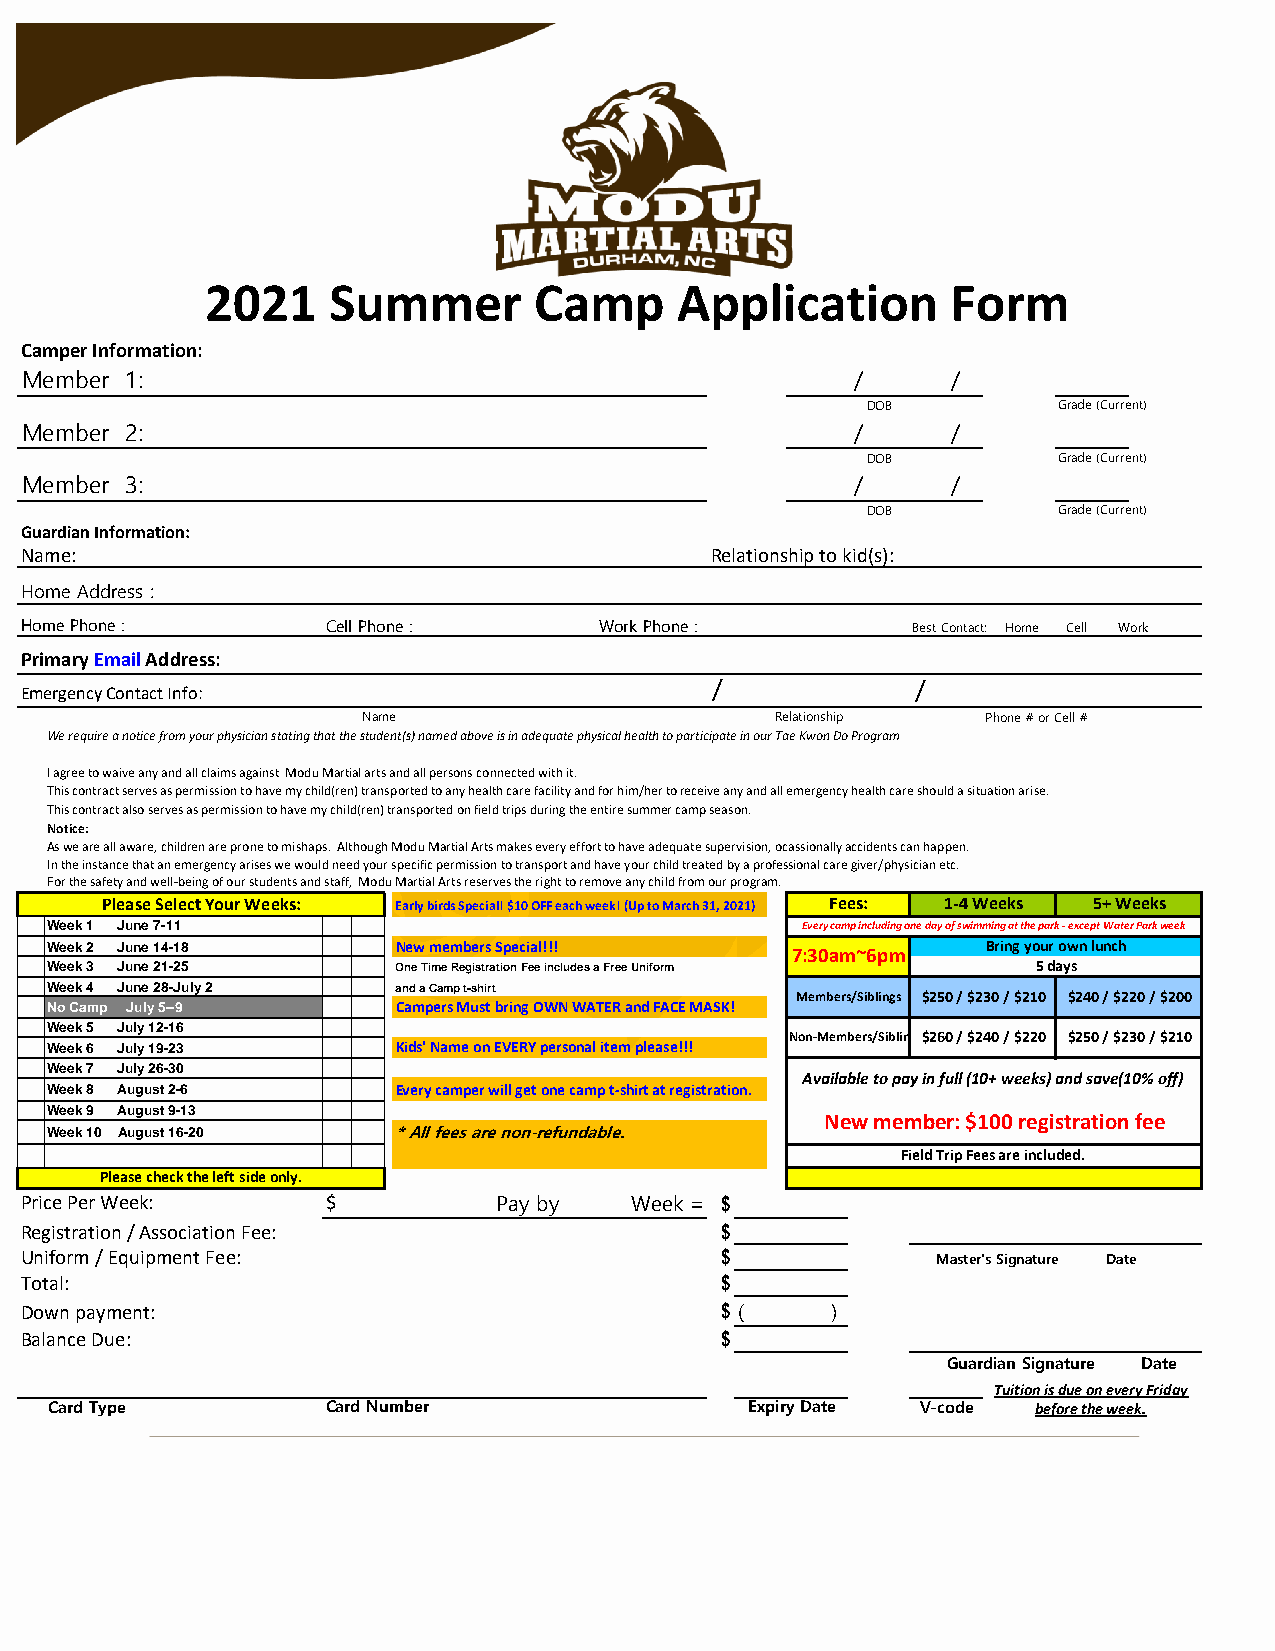
2021    Summer       Camp      Application       Form
 Camper Information:
 Member 1:                                               /     /
 DOB          Grade (Current)
 Member 2:                                               /     /
 DOB          Grade (Current)
 Member 3:                                               /     /
 DOB          Grade (Current)
 Guardian Information:
 Name:                                         Relationship to kid(s):
 Home Address :
 Home Phone :         Cell Phone :      Work Phone :        Best Contact: Home Cell Work
 Primary Email Address:
 /             /
 Emergency Contact Info:
 Name                       Relationship  Phone # or Cell #
 We require a notice from your physician stating that the student(s) named above is in adequate physical health to participate in our Tae Kwon Do Program
 I agree to waive any and all claims against Modu Martial arts and all persons connected with it.
 This contract serves as permission to have my child(ren) transported to any health care facility and for him/her to receive any and all emergency health care should a situation arise.
 This contract also serves as permission to have my child(ren) transported on field trips during the entire summer camp season.
 Notice:
 As we are all aware, children are prone to mishaps. Although Modu Martial Arts makes every effort to have adequate supervision, ocassionally accidents can happen.
 In the instance that an emergency arises we would need your specific permission to transport and have your child treated by a professional care giver/physician etc.
 For the safety and well-being of our students and staff, Modu Martial Arts reserves the right to remove any child from our program.
 Please Select Your Weeks: Early birds Special! $10 OFF each week! (Up to March 31, 2021) Fees: 1-4 Weeks 5+ Weeks
 Week 1 June 7-11                                  Every camp including one day of swimming at the park - except Water Park week
 Week 2 June 14-18      New members Special!!!    7:30am~6pm   Bring your own lunch
 Week 3 June 21-25      One Time Registration Fee includes a Free Uniform 5 days
 Week 4 June 28-July 2  and a Camp t-shirt
 Members/Siblings $250 / $230 / $210 $240 / $220 / $200
 No Camp July 5--9      Campers Must bring OWN WATER and FACE MASK!
 Week 5 July 12-16
 Non-Members/Siblings$260 / $240 / $220 $250 / $230 / $210
 Week 6 July 19-23      Kids' Name on EVERY personal item please!!!
 Week 7 July 26-30
 Available to pay in full (10+ weeks) and save(10% off)
 Week 8 August 2-6      Every camper will get one camp t-shirt at registration.
 Week 9 August 9-13
 New member: $100 registration fee
 Week 10 August 16-20   * All fees are non-refundable.
 Field Trip Fees are included.
 Please check the left side only.
 Price Per Week:      $          Pay by   Week = $
 Registration / Association Fee:                $
 Uniform / Equipment Fee:                       $             Master's Signature Date
 Total:                                         $
 Down payment:                                  $ (    )
 Balance Due:                                   $
 Guardian Signature Date
 Tuition is due on every Friday
 Card Type          Card Number                 Expiry Date V-code before the week.